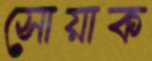
সোয়াক